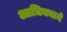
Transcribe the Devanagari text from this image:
आधिक्याने